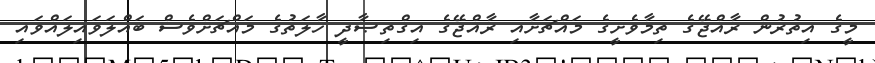
މީގެ އިތުރުން ރާއްޖޭގެ ތިމާވެށީގެ މައްޗަށާއި ރާއްޖޭގެ އިގްތިޞާދީ ހާލަތުގެ މައްޗަށްވެސް ބައްލަވައިލައްވައި